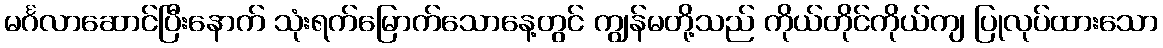
မင်္ဂလာဆောင်ပြီးနောက် သုံးရက်မြောက်သောနေ့တွင် ကျွန်မတို့သည် ကိုယ်တိုင်ကိုယ်ကျ ပြုလုပ်ထားသော